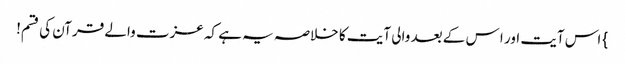
} اس آیت اور ا س کے بعد والی آیت کا خلاصہ یہ ہے کہ عزت والے قرآن کی قسم!